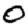
Digit: 0